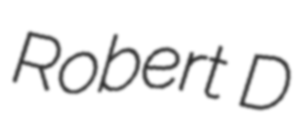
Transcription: Robert D